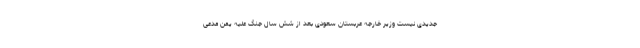
جدیدی نیست وزیر خارجه عربستان سعودی بعد از شش سال جنگ علیه یمن مدعی